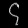
Digit: ၄